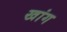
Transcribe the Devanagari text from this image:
खांग